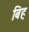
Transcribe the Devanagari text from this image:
बिह